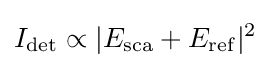
I_{\rm {det}}\propto |E_{\rm {sca}}+E_{\rm {ref}}|^{2}